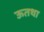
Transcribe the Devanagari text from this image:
ऊतथा